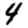
Digit: 4